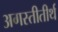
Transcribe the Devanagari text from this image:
अगस्तीतीर्थ